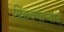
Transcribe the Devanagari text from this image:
मिळवणाऱ्यांत